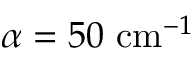
\alpha = 5 0 ~ \mathrm { c m } ^ { - 1 }